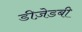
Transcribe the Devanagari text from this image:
डीज़ेडबी